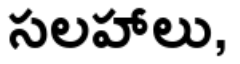
సలహాలు,